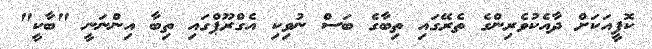
ކޮފީއަކަށް ދާއެކުވެރިންގެ ތެރޭގައި ތިބާގެ ބަސް ނުވިކި އެގްރޫޕްގައި ތިބާ އިންނަނީ "ބާކީ"